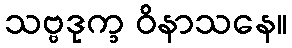
သဗ္ဗဒုက္ခ ဝိနာသနေ။